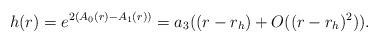
LaTeX: \begin{align*}h(r) = e^{ 2 (A_0(r) - A_1(r))} = a_3( ( r - r_h) + O((r-r_h)^2) ).\end{align*}